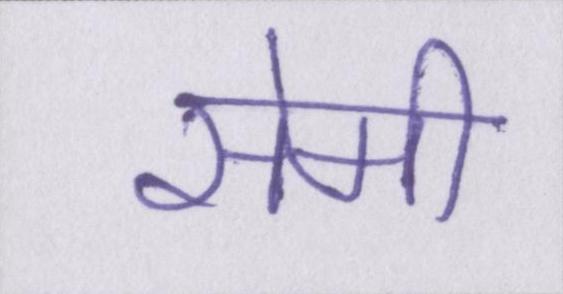
सेमी